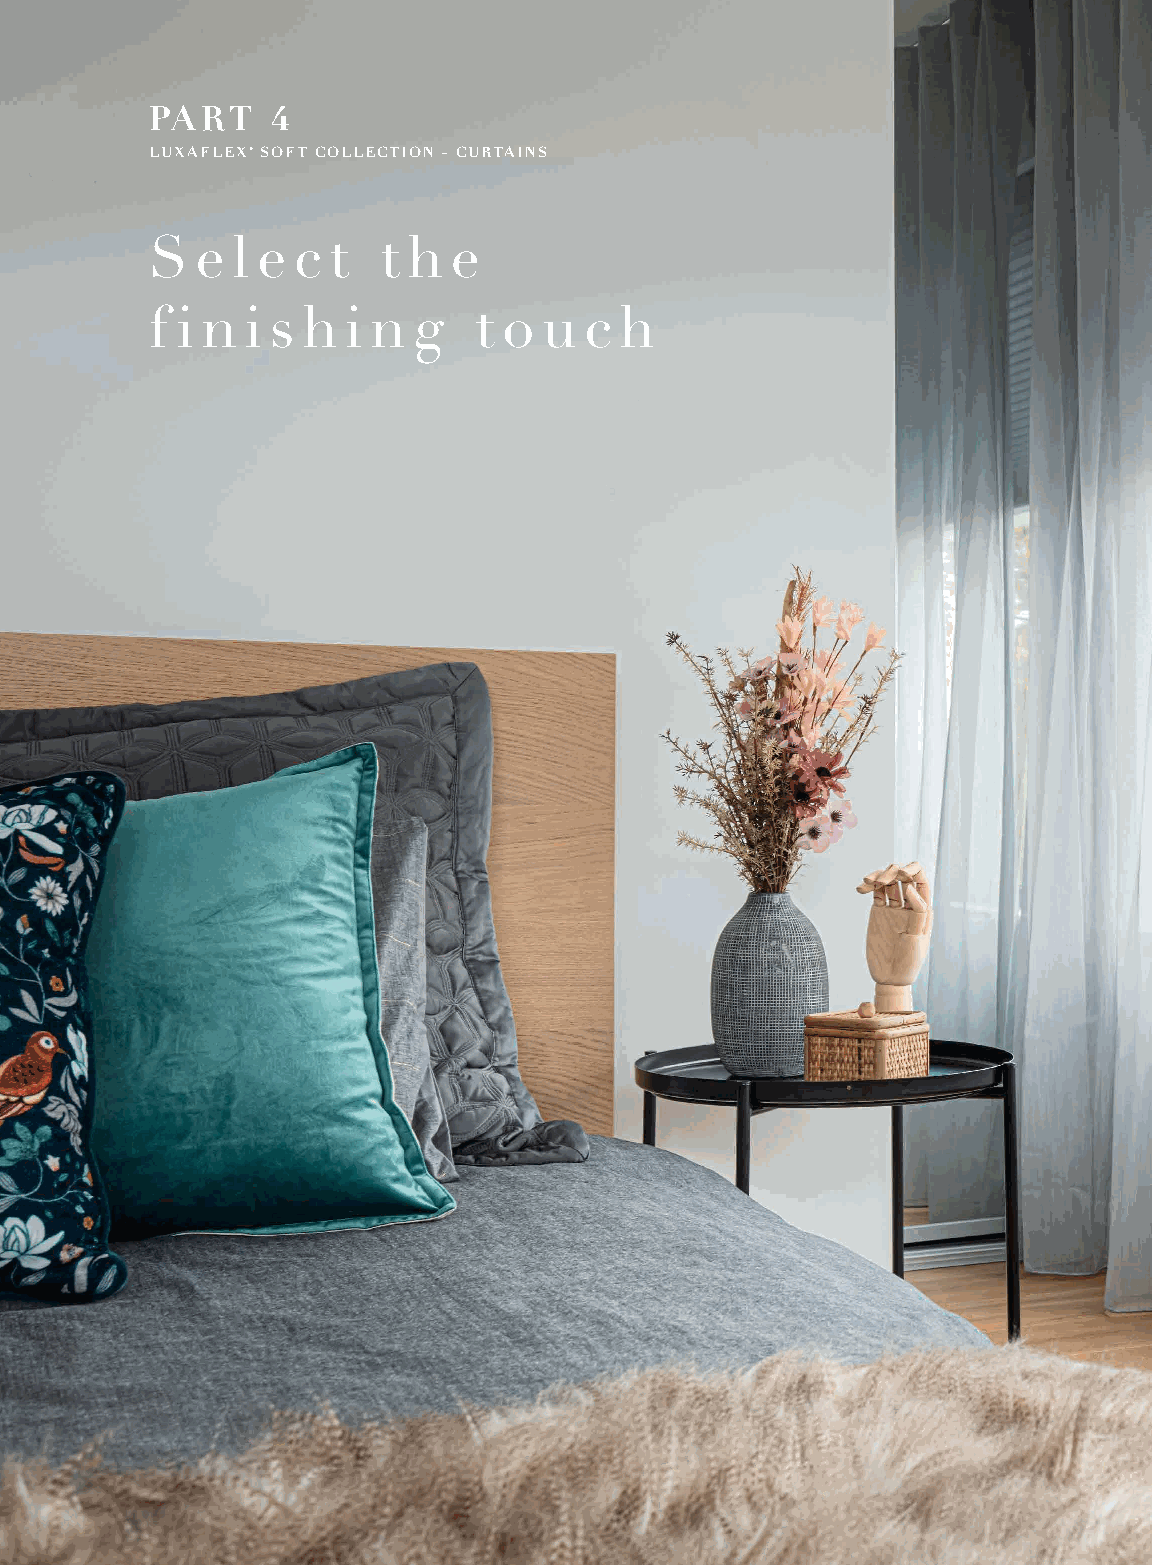
PART    4
 LUXAFLEX® SOFT COLLECTION – CURTAINS
 S  e l e c  t  t h  e
 f i n i s h  i n g   t o  u  c h
 12